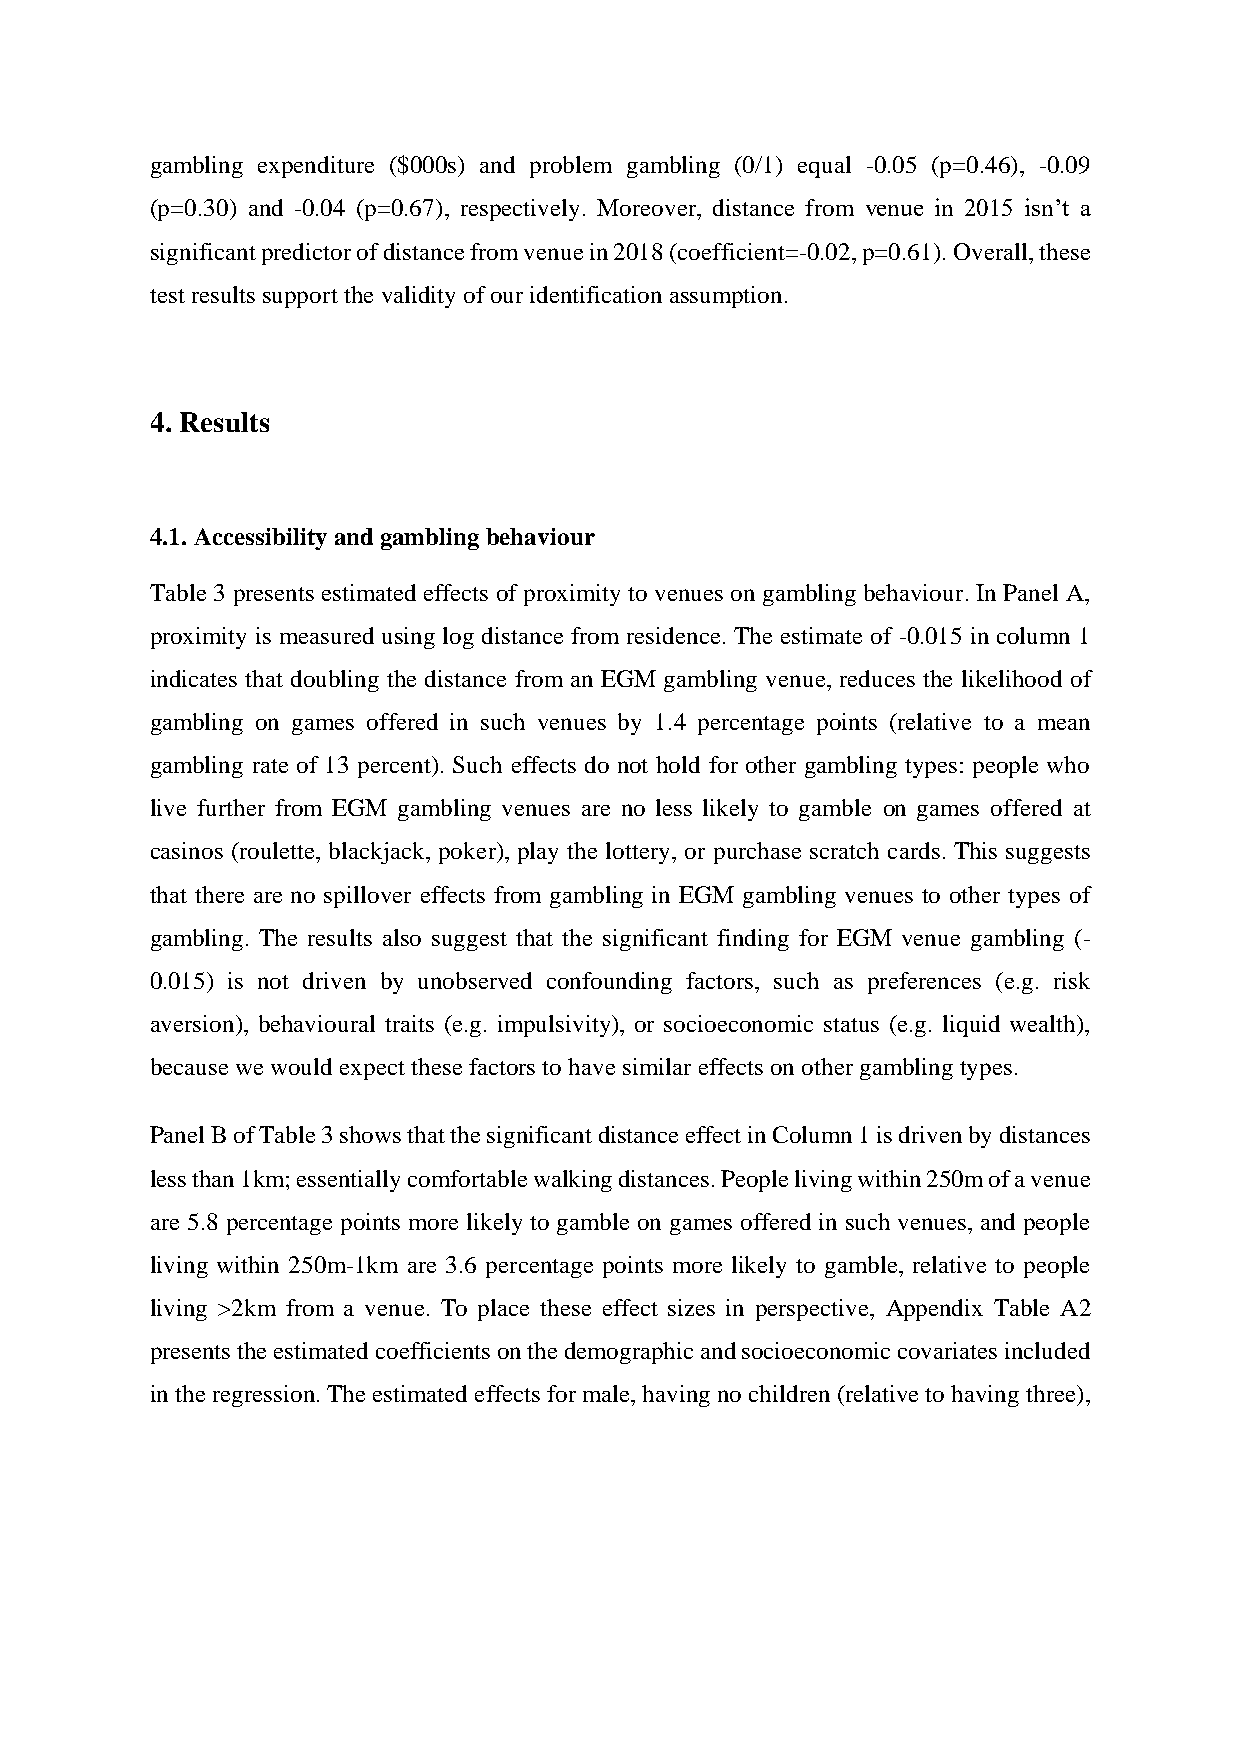
gambling expenditure ($000s) and problem gambling (0/1) equal -0.05 (p=0.46), -0.09
 (p=0.30) and -0.04 (p=0.67), respectively. Moreover, distance from venue in 2015 isn’t a
 significant predictor of distance from venue in 2018 (coefficient=-0.02, p=0.61). Overall, these
 test results support the validity of our identification assumption.
 4. Results
 4.1. Accessibility and gambling behaviour
 Table 3 presents estimated effects of proximity to venues on gambling behaviour. In Panel A,
 proximity is measured using log distance from residence. The estimate of -0.015 in column 1
 indicates that doubling the distance from an EGM gambling venue, reduces the likelihood of
 gambling on games offered in such venues by 1.4 percentage points (relative to a mean
 gambling rate of 13 percent). Such effects do not hold for other gambling types: people who
 live further from EGM gambling venues are no less likely to gamble on games offered at
 casinos (roulette, blackjack, poker), play the lottery, or purchase scratch cards. This suggests
 that there are no spillover effects from gambling in EGM gambling venues to other types of
 gambling. The results also suggest that the significant finding for EGM venue gambling (-
 0.015) is not driven by unobserved confounding factors, such as preferences (e.g. risk
 aversion), behavioural traits (e.g. impulsivity), or socioeconomic status (e.g. liquid wealth),
 because we would expect these factors to have similar effects on other gambling types.
 Panel B of Table 3 shows that the significant distance effect in Column 1 is driven by distances
 less than 1km; essentially comfortable walking distances. People living within 250m of a venue
 are 5.8 percentage points more likely to gamble on games offered in such venues, and people
 living within 250m-1km are 3.6 percentage points more likely to gamble, relative to people
 living >2km from a venue. To place these effect sizes in perspective, Appendix Table A2
 presents the estimated coefficients on the demographic and socioeconomic covariates included
 in the regression. The estimated effects for male, having no children (relative to having three),